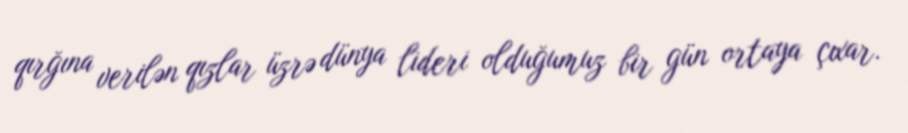
qırğına verilən qızlar üzrə dünya lideri olduğumuz bir gün ortaya çıxar.